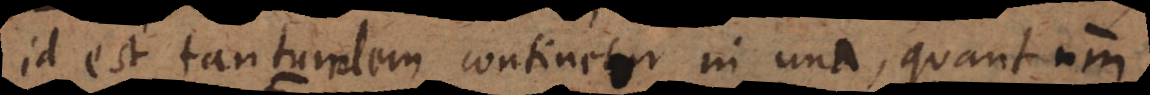
id est tantundem continetur in una, quantum